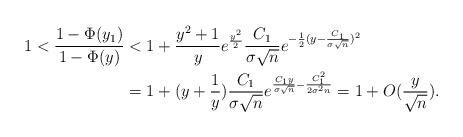
LaTeX: \begin{align*}1 < \frac{1 - \Phi(y_1) }{1 - \Phi(y) } & < 1 + \frac{y^2 + 1}{y} e^{ \frac{y^2}{2} } \frac{C_1}{\sigma \sqrt{n}} e^{ -\frac{1}{2} (y - \frac{C_1}{\sigma \sqrt{n}})^2 } \\ & = 1 + (y + \frac{1}{y}) \frac{C_1}{\sigma \sqrt{n}} e^{ \frac{C_1 y}{ \sigma \sqrt{n} } - \frac{C_1^2}{ 2 \sigma^2 n } } = 1 + O( \frac{y}{ \sqrt{n} } ). \end{align*}